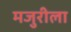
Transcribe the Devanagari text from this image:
मजुरीला